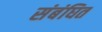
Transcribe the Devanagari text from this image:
संबंघित